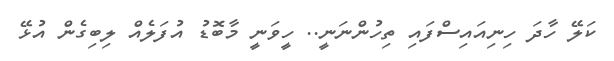
ކަލޭ ހާދަ ހިނިއައިސްފައި ތިހުންނަނީ.. ހީވަނީ މާބޮޑު އުފަލެއް ލިބިގެން އުޅޭ